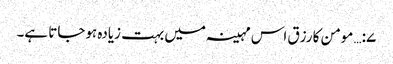
۷:… مومن کا رزق اس مہینہ میں بہت زیادہ ہوجاتا ہے۔